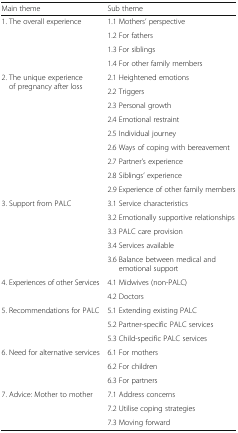
<table><thead><tr><td><b>Main theme</b></td><td><b>Sub theme</b></td></tr></thead><tbody><tr><td rowspan="4">1. The overall experience</td><td>1.1 Mothers’ perspective</td></tr><tr><td>1.2 For fathers</td></tr><tr><td>1.3 For siblings</td></tr><tr><td>1.4 For other family members</td></tr><tr><td rowspan="9">2. The unique experience of pregnancy after loss</td><td>2.1 Heightened emotions</td></tr><tr><td>2.2 Triggers</td></tr><tr><td>2.3 Personal growth</td></tr><tr><td>2.4 Emotional restraint</td></tr><tr><td>2.5 Individual journey</td></tr><tr><td>2.6 Ways of coping with bereavement</td></tr><tr><td>2.7 Partner’s experience</td></tr><tr><td>2.8 Siblings’ experience</td></tr><tr><td>2.9 Experience of other family members</td></tr><tr><td rowspan="5">3. Support from PALC</td><td>3.1 Service characteristics</td></tr><tr><td>3.2 Emotionally supportive relationships</td></tr><tr><td>3.3 PALC care provision</td></tr><tr><td>3.4 Services available</td></tr><tr><td>3.6 Balance between medical and emotional support</td></tr><tr><td rowspan="2">4. Experiences of other Services</td><td>4.1 Midwives (non-PALC)</td></tr><tr><td>4.2 Doctors</td></tr><tr><td rowspan="3">5. Recommendations for PALC</td><td>5.1 Extending existing PALC</td></tr><tr><td>5.2 Partner-specific PALC services</td></tr><tr><td>5.3 Child-specific PALC services</td></tr><tr><td rowspan="3">6. Need for alternative services</td><td>6.1 For mothers</td></tr><tr><td>6.2 For children</td></tr><tr><td>6.3 For partners</td></tr><tr><td rowspan="3">7. Advice: Mother to mother</td><td>7.1 Address concerns</td></tr><tr><td>7.2 Utilise coping strategies</td></tr><tr><td>7.3 Moving forward</td></tr></tbody></table>